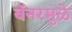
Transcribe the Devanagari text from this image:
बॅनरमुळे